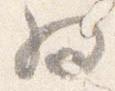
為